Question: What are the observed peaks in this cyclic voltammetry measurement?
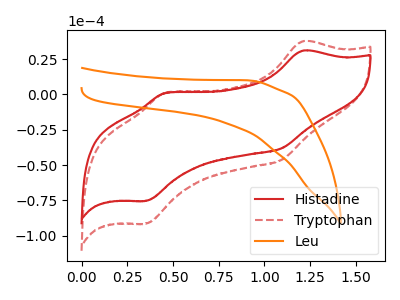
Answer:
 <answer>The red curve "Histadine" has anodic peaks at (1.20V, 31.00uA) (0.45V, 1.00uA) and cathodic peaks at (1.10V, -38.05uA) (0.35V, -75.35uA). The red dashed curve "Tryptophan" has anodic peaks at (1.20V, 37.65uA) (0.45V, 1.25uA) and cathodic peaks at (1.10V, -46.20uA) (0.35V, -91.45uA). The orange curve "Leu" has no peaks.</answer>
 <eval></eval>